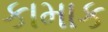
કામાક